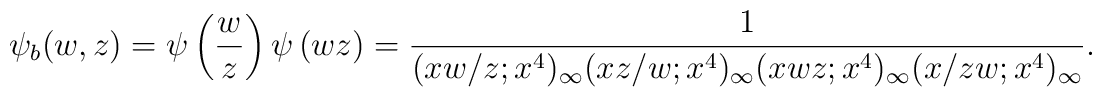
\psi_b (w, z)=\psi \left( \frac{w}{z} \right) \psi \left( wz \right) =\frac{1}{(xw/z;x^4)_{\infty}(xz/w;x^4)_{\infty}(xwz;x^4)_{\infty}(x/zw;x^4)_{\infty}}.